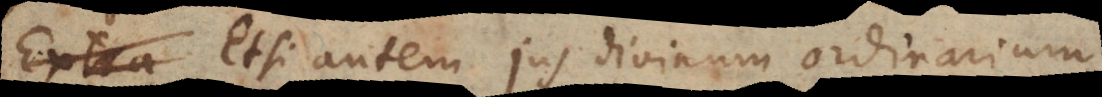
Etsi autem jus divinum ordinarium